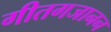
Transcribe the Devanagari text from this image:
गीतगजानन